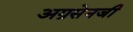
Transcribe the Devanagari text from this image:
अग्रसेनजी